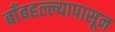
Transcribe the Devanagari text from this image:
बाँबहल्ल्यापासून